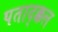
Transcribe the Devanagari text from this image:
पताद्क्कल